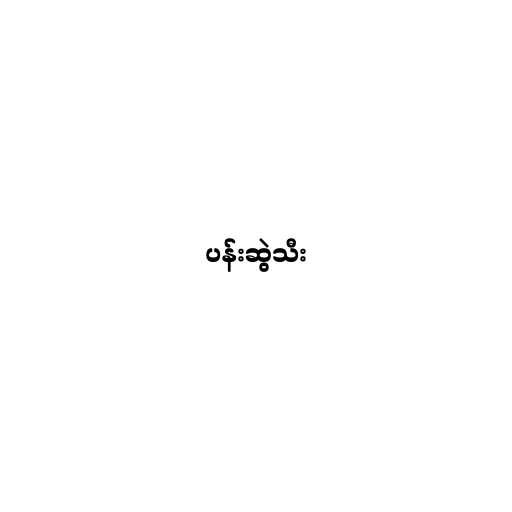
ပန်းဆွဲသီး